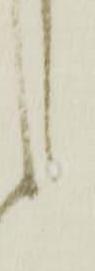
か